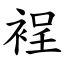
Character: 裎